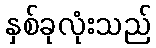
နှစ်ခုလုံးသည်